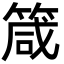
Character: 箴